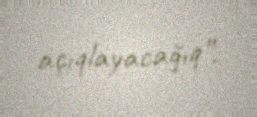
açıqlayacağıq”.